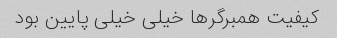
کیفیت همبرگر‌ها خیلی خیلی پایین بود